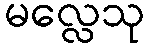
မလ္လေသု